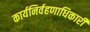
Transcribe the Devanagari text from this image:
कार्यनिर्वहणाधिकारी